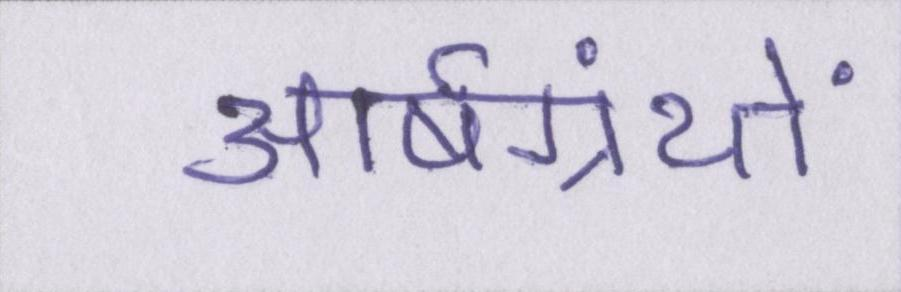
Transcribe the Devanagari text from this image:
आर्षग्रंथों